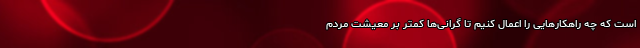
است که چه راهکار‌هایی را اعمال کنیم تا گرانی‌ها کمتر بر معیشت مردم